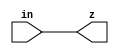
//#############################################################################
//# Function: Single Ended Chip Output Buffer (with ESD protection)           #
//# Copyright: Lambda Project Authors. All rights Reserved.                   #
//# License:  MIT (see LICENSE file in Lambda repository)                     #
//#############################################################################

module la_obuf
  #(parameter PROP = "DEFAULT")
   (
    input  in, // positive input
    output z // output
    );

   assign z = in;

endmodule